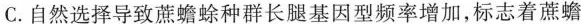
C.自然选择导致蔗蟾蜍种群长腿基因型频率增加，标志着蔗蟾